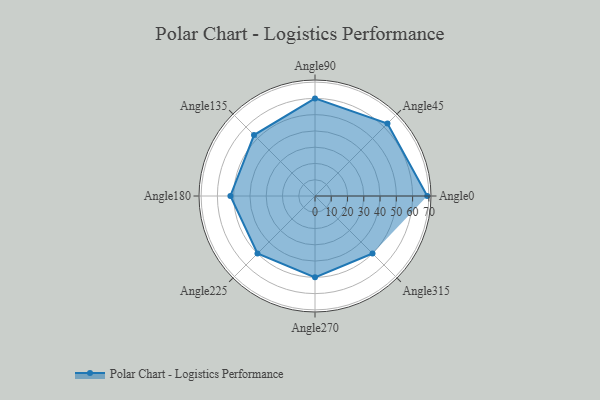
{"axis": {"x": "Angle", "y": "Radius"}, "legend": [""], "data": [{"x": "Angle0", "y": 69.0, "type": ""}, {"x": "Angle45", "y": 63.0, "type": ""}, {"x": "Angle90", "y": 60.0, "type": ""}, {"x": "Angle135", "y": 53.0, "type": ""}, {"x": "Angle180", "y": 52.0, "type": ""}, {"x": "Angle225", "y": 50, "type": ""}, {"x": "Angle270", "y": 50, "type": ""}, {"x": "Angle315", "y": 50, "type": ""}]}